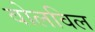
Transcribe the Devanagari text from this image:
वोलविल